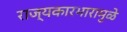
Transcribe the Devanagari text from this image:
राज्यकारभारामुळे